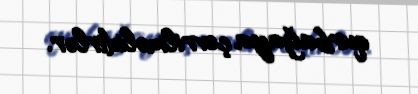
qurbağaya çevrilməlidirlər.